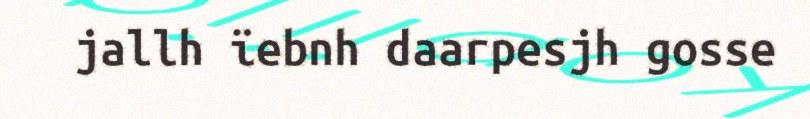
jallh ïebnh daarpesjh gosse